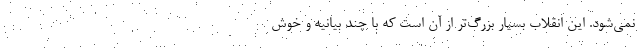
نمی‌شود. این انقلاب بسیار بزرگ‌تر از آن است که با چند بیانیه و خوش